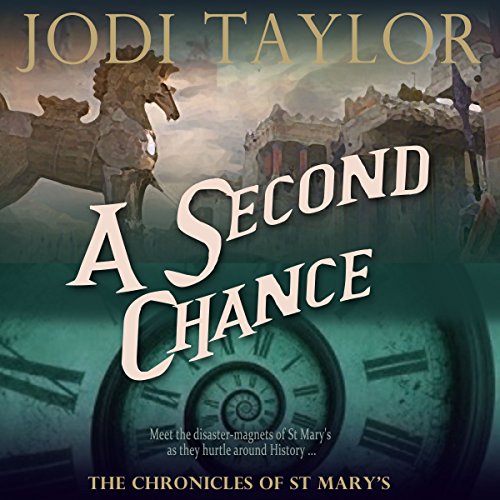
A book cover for A Second Chance: The Chronicles of St Mary's, Book 3; Jodi Taylor; Science Fiction & Fantasy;